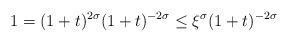
\begin{align*} 1 = (1+t)^{2\sigma} (1+t)^{-2\sigma} \leq \xi^{\sigma} (1+t)^{-2\sigma} \end{align*}